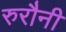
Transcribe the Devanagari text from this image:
रुरौनी